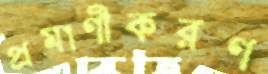
প্রমাণীকরণ